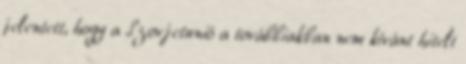
jelentett, hogy a Szovjetunió a továbbiakban nem kívánt hitelt